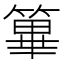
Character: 篳